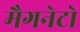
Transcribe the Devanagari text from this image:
मैगनेटो